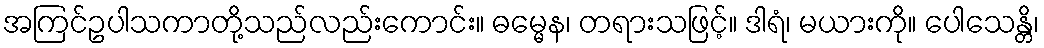
အကြင်ဥပါသကာတို့သည်လည်းကောင်း။ ဓမ္မေန၊ တရားသဖြင့်။ ဒါရံ၊ မယားကို။ ပေါသေန္တိ၊